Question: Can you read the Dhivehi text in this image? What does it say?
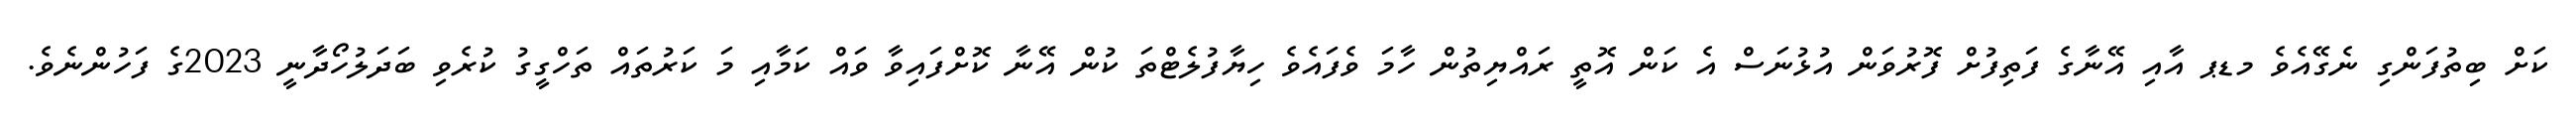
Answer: ކަށް ބިތުފަންގި ނެގޭއެވެ މޑޕ އާއި އޭނާގެ ފަތިފުށް ފޮރުވަން އުޅުނަސް އެ ކަން އޮތީ ރައްޔިތުން ހާމަ ވެފައެވެ ހިޔާފުލެޓްތަ ކުން އޭނާ ކޮށްފައިވާ ވައް ކަމާއި މަ ކަރުތައް ތަހްގީގު ކުރެވި ބަދަލުހޯދާނީ 2023ގެ ފަހުންނެވެ.